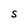
Character: S